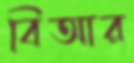
বিআর